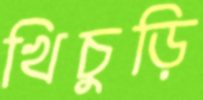
খিচুড়ি